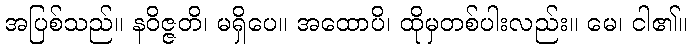
အပြစ်သည်။ နဝိဇ္ဇတိ၊ မရှိပေ။ အထောပိ၊ ထိုမှတစ်ပါးလည်း။ မေ၊ ငါ၏။